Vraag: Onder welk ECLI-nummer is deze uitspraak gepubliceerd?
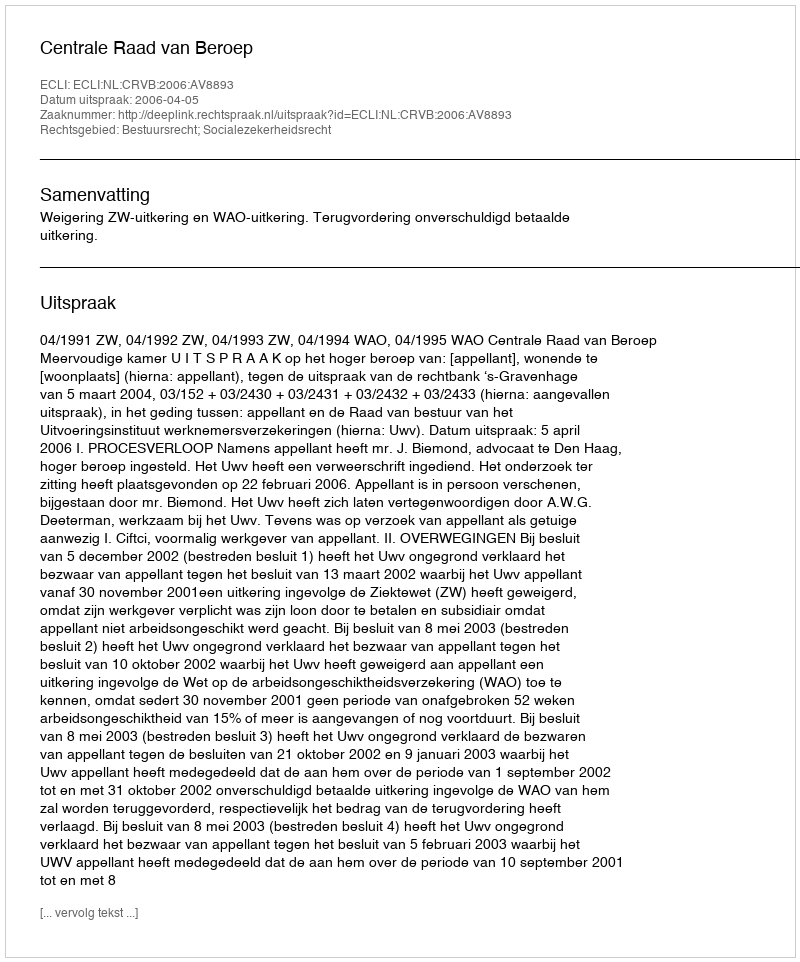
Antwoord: ECLI:NL:CRVB:2006:AV8893